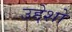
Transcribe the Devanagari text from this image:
उद्देशो